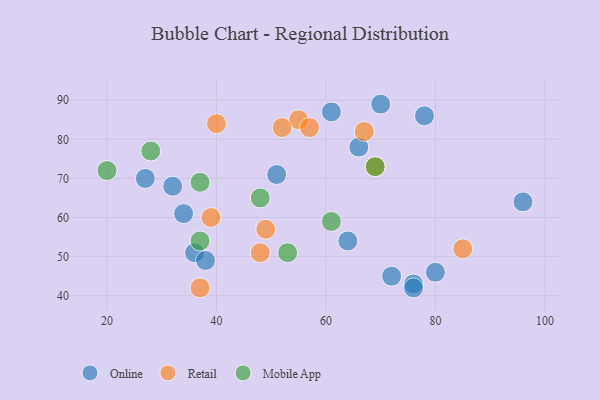
{"axis": {"x": "GDP", "y": "Life Expectancy"}, "legend": ["Mobile App", "Online", "Retail"], "data": [{"x": "70", "y": 89, "type": "Online"}, {"x": "96", "y": 64, "type": "Online"}, {"x": "51", "y": 71, "type": "Online"}, {"x": "76", "y": 43, "type": "Online"}, {"x": "80", "y": 46, "type": "Online"}, {"x": "64", "y": 54, "type": "Online"}, {"x": "78", "y": 86, "type": "Online"}, {"x": "34", "y": 61, "type": "Online"}, {"x": "72", "y": 45, "type": "Online"}, {"x": "66", "y": 78, "type": "Online"}, {"x": "32", "y": 68, "type": "Online"}, {"x": "27", "y": 70, "type": "Online"}, {"x": "36", "y": 51, "type": "Online"}, {"x": "61", "y": 87, "type": "Online"}, {"x": "38", "y": 49, "type": "Online"}, {"x": "76", "y": 42, "type": "Online"}, {"x": "40", "y": 84, "type": "Retail"}, {"x": "85", "y": 52, "type": "Retail"}, {"x": "39", "y": 60, "type": "Retail"}, {"x": "55", "y": 85, "type": "Retail"}, {"x": "37", "y": 42, "type": "Retail"}, {"x": "49", "y": 57, "type": "Retail"}, {"x": "69", "y": 73, "type": "Retail"}, {"x": "52", "y": 83, "type": "Retail"}, {"x": "57", "y": 83, "type": "Retail"}, {"x": "48", "y": 51, "type": "Retail"}, {"x": "67", "y": 82, "type": "Retail"}, {"x": "37", "y": 54, "type": "Mobile App"}, {"x": "69", "y": 73, "type": "Mobile App"}, {"x": "61", "y": 59, "type": "Mobile App"}, {"x": "53", "y": 51, "type": "Mobile App"}, {"x": "28", "y": 77, "type": "Mobile App"}, {"x": "48", "y": 65, "type": "Mobile App"}, {"x": "37", "y": 69, "type": "Mobile App"}, {"x": "20", "y": 72, "type": "Mobile App"}]}